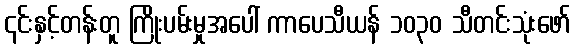
၎င်းနှင့်တန်းတူ ကြိုးပမ်းမှုအပေါ် ကာပေသီယန် ၁၀၃၀ သီတင်းသုံးဖော်